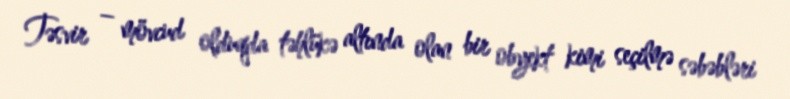
Təsvir – mövcud olduqda təhlükə altında olan bir obyekt kimi seçilmə səbəbləri